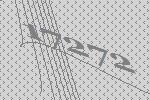
17272